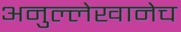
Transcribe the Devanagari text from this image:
अनुल्लेखानेच